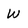
Character: W